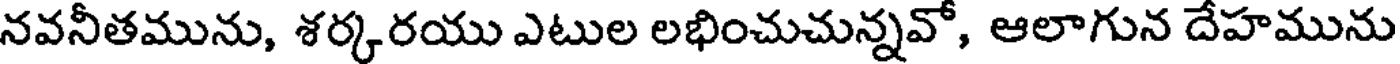
నవనీతమును, శర్కరయు ఎటుల లభించుచున్నవో, ఆలాగున దేహమును